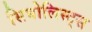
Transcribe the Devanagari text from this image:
सिबोलिस्ट्स